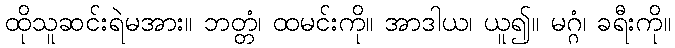
ထိုသူဆင်းရဲမအား။ ဘတ္တံ၊ ထမင်းကို။ အာဒါယ၊ ယူ၍။ မဂ္ဂံ၊ ခရီးကို။